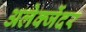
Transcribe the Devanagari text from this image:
अलेक्जेंदर